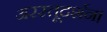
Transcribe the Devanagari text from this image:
अरस्तूदर्शन।